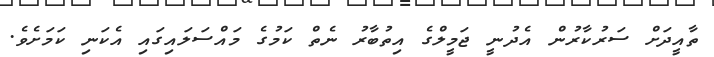
ތާއީދަށް ސަރުކާރުން އެދުނީ ޖަމީލްގެ އިތުބާރު ނެތް ކަމުގެ މައްސަލައިގައި އެކަނި ކަމަށެވެ.